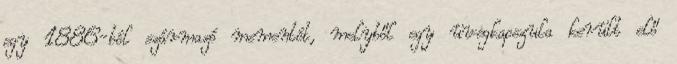
egy 1886-ból származó mementót, melyből egy üvegkapszula került elő